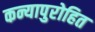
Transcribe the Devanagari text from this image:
कन्यापुरोहित